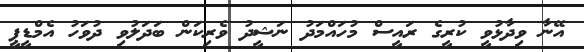
އޭނާ ވިދާޅުވީ ކުރީގެ ރައީސް މުހައްމަދު ނަޝީދު ވެރިކަން ބަދަލުވި ދުވަހު އެމްޑީޕީ